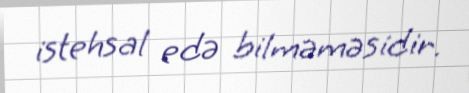
istehsal edə bilməməsidir.